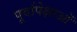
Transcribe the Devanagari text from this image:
पूर्वापेक्षाओं